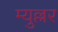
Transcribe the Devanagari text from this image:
म्युल्लर